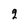
Character: 2